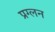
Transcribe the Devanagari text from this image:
प्रग्लन